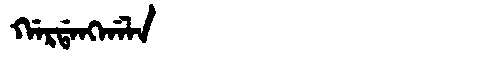
Manchu: ᡤᠠᡵᡩᠠᠩᡤᠠᠯᠠ
Romanization: GARDANGGALA